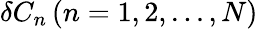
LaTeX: {\delta{C_{n}}}\left({n=1,2,...,N}\right)